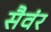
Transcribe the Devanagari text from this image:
सैवंर